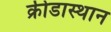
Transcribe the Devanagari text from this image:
क्रीडास्थान